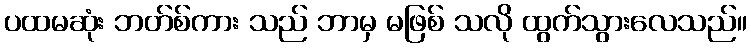
ပထမဆုံး ဘတ်စ်ကား သည် ဘာမှ မဖြစ် သလို ထွက်သွားလေသည်။